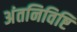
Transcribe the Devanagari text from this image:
अंतनिविष्टि